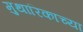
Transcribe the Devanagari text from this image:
मुथारिकाच्या